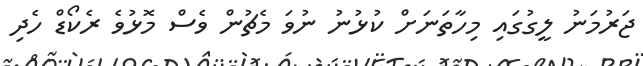
ޖަރުމަނު ލީގުގައި މިހާތަނަށް ކުޅުނު ނުވަ މެޗުން ވެސް މޮޅުވެ ރެކޯޑް ހެދި